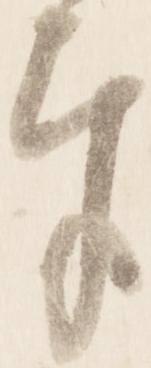
奉